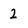
Character: 2